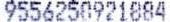
9556250921884